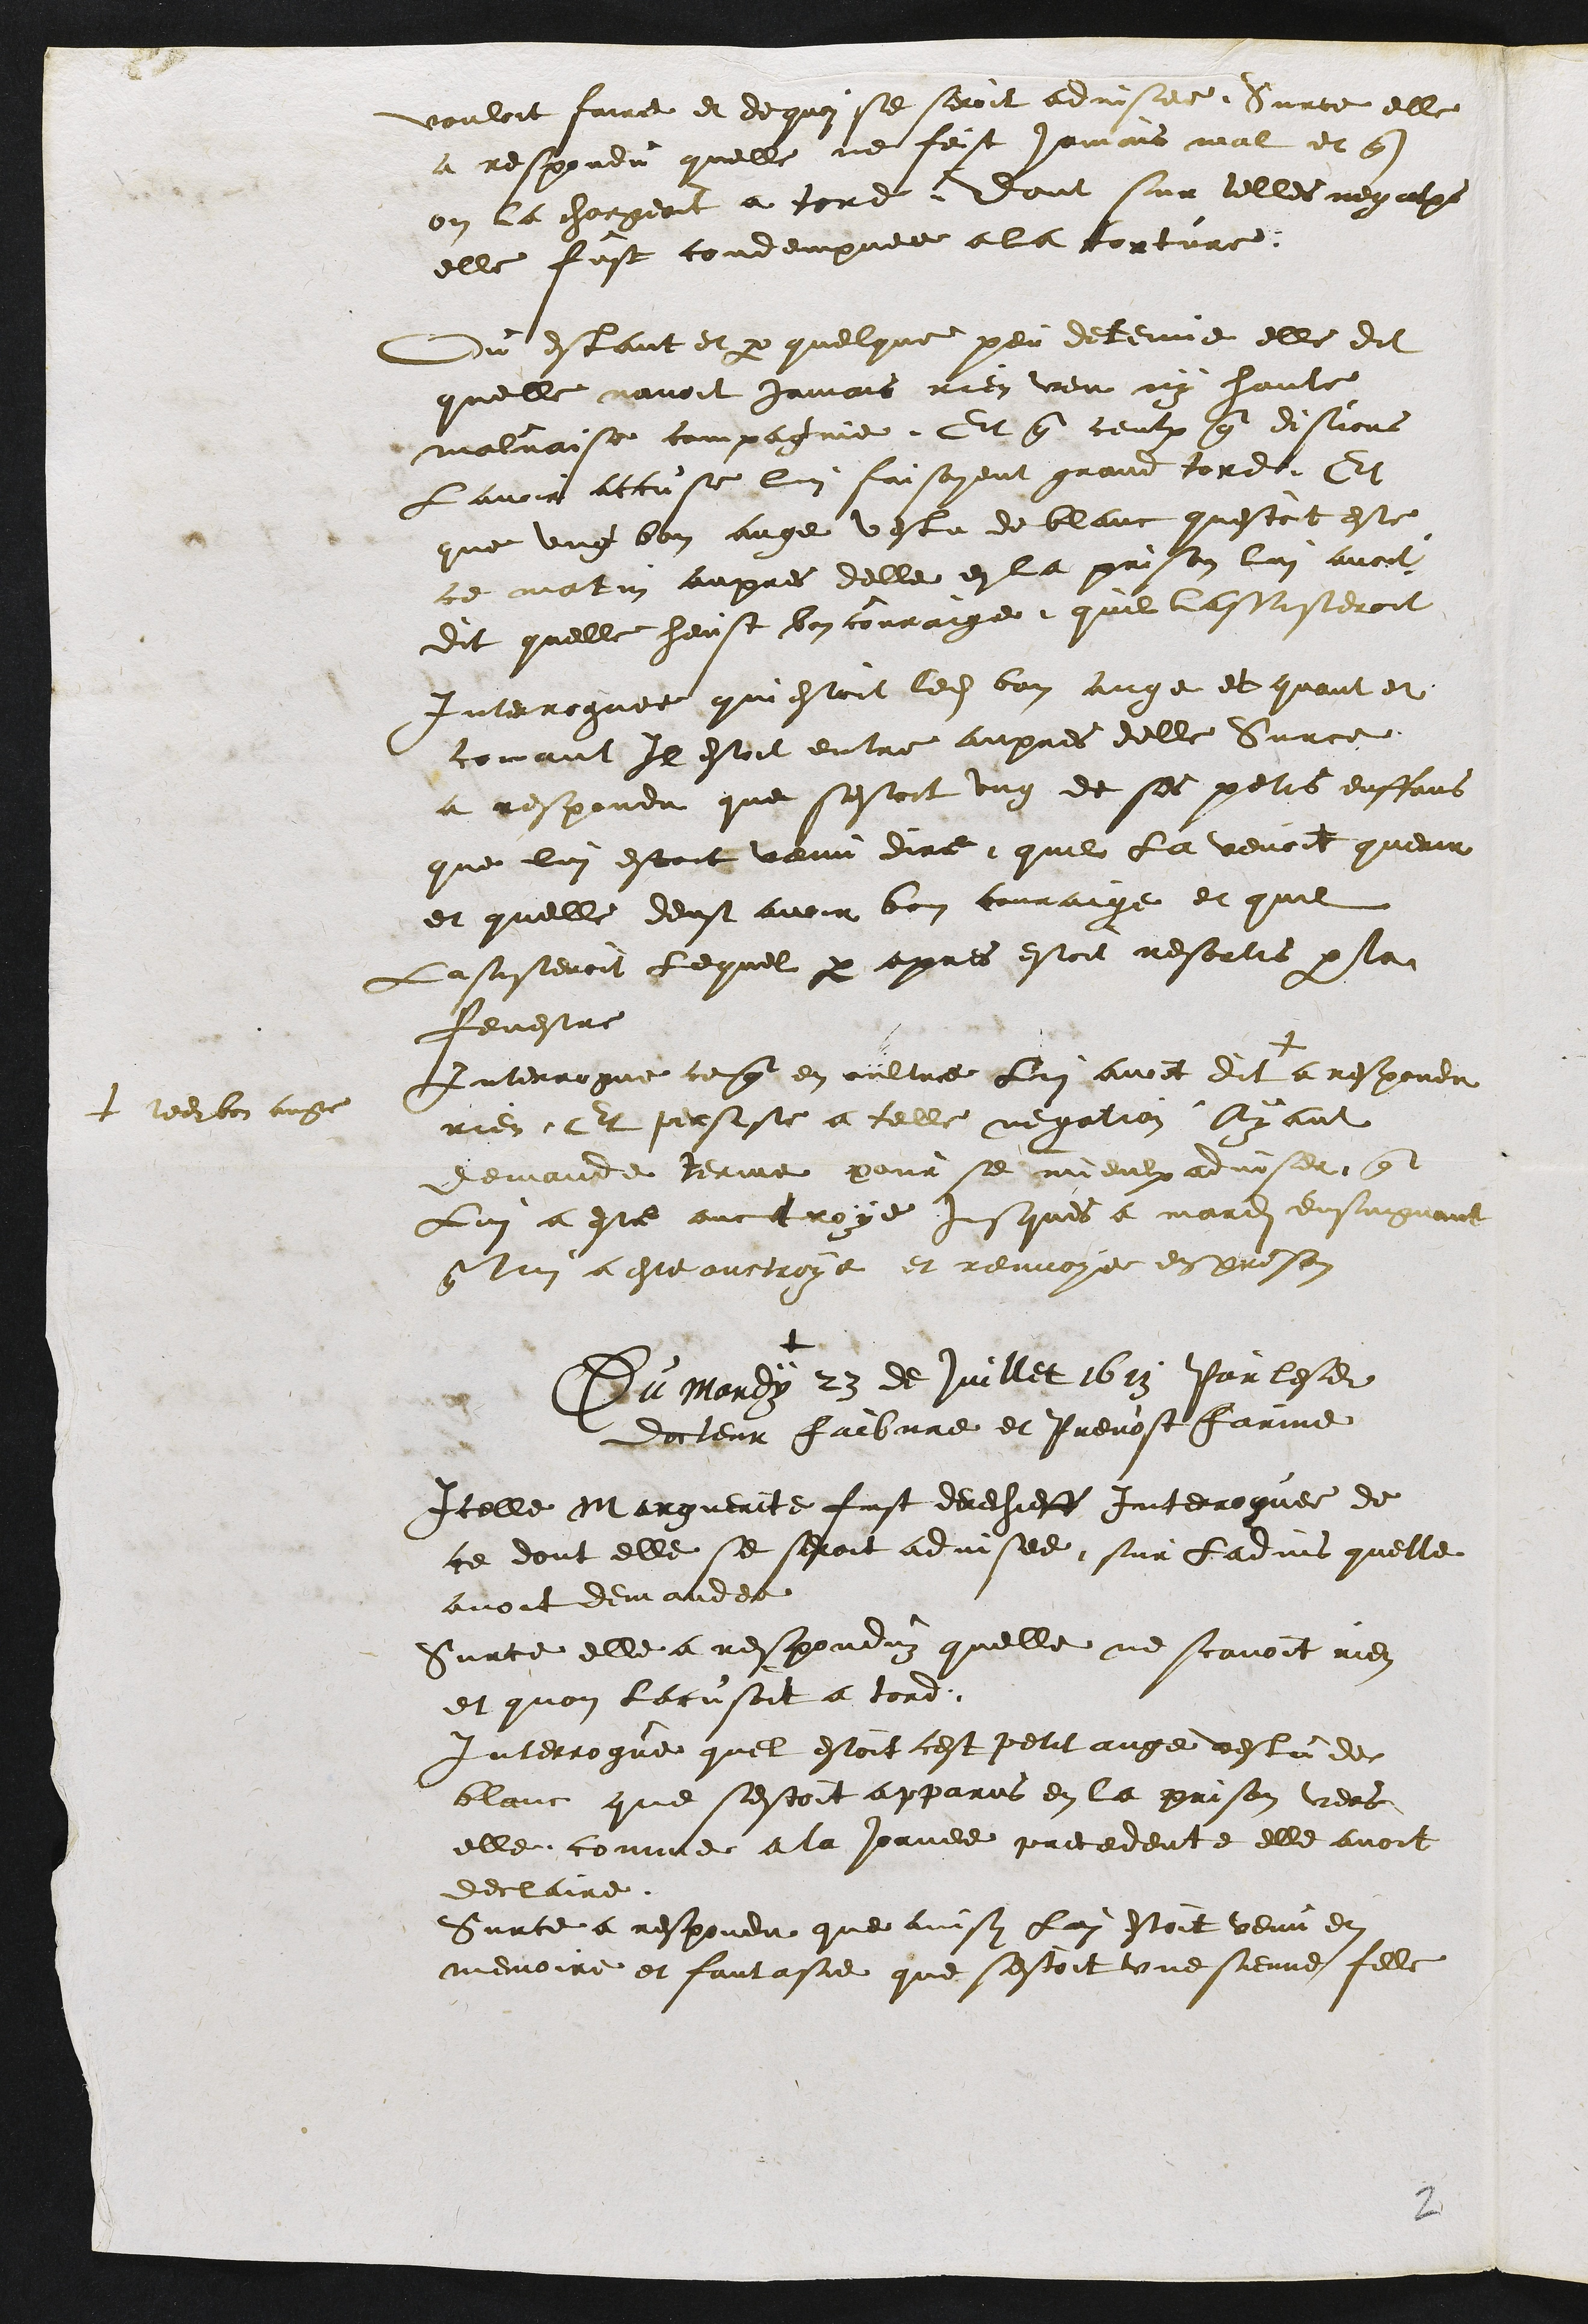
vouloit faire et dequoi se seroit advisee Surce elle
a respondu quelle ne feist jamais mal et que
on la chargeoit a tord Dont sur telles negations
elle fust condempnee a la torture
Ou estant et par quelque peu detenue elle dit
quelle navoit jamais rien veu ny hante
malvaise compagnie Et que ceulx que disions
Lavoir accuse lui faisoyent grand tord Et
que ung bon ange vestu de blanc questoit este
ce matin aupres delle en la prison lui avoit
dit quelle heust bon couraige quil lassisteroit
Interroguee qui estoit ledit bon ange et quant et
comant Il estoit entre aupres delle Sur ce
a respondu que sestoit ung de ses petis enffans
que lui estoit venu dire quil la venoit querir
et quelle deust avoir bon couraige et quil
Lasisteroit lequel par apres estoit resortis par la
fenestre
Interrogue ce que en oultre Lui avoit dit +
+ ledit bon ange
a respondu
rien. Et persise a telle negation Ayant
demande terme pour se mieulx adviser que
Lui a este auctroye jusques a mardi ensuigvant
que lui a este ouctroye et renvoyee en prison
+
Du mardy 23 de juillet 1613 Par lesdits
docteur Faibvre et Prevost Farine
Icelle Marguerite fust derechieff interroguee de
ce dont elle se seroit advisee sur ladvis quelle
avoit demandee
Surce elle a responduz quelle ne scavoit rien
et quon lacusoit a tord
Interrogue quel estoit cest petit ange vestu de
blanc que sestoit apparus en la prison vers
elle comme a la Jornee precedente elle avoit
declaire
Surce a respondu que ainsy Lui estoit venu en
memoire et fantasie que sestoit une sienne fille